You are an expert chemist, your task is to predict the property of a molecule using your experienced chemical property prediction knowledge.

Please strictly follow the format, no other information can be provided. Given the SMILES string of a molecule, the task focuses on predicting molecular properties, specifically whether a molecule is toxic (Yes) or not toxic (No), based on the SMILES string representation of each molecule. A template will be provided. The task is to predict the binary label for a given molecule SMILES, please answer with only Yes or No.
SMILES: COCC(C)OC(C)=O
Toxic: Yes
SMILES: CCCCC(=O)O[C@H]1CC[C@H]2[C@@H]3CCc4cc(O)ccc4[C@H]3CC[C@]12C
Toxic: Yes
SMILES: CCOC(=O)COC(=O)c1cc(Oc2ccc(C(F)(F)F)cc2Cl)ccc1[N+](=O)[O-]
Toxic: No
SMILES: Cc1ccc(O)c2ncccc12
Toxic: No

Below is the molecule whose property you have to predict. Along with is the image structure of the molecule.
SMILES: C1=CC2C3C=CC(C3)C2C1
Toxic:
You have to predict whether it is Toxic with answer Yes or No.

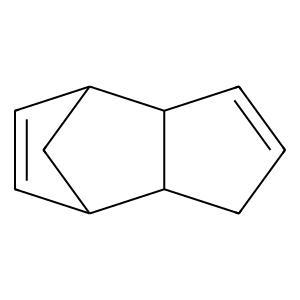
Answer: No